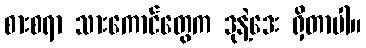
စားစရာ သားကောင်တွေက ဒုနဲ့ဒေး ရှိတာပါ။